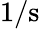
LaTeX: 1/\mathrm{s}